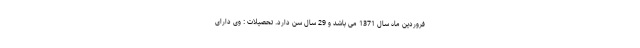
فروردین ماه سال 1371 می باشد و 29 سال سن دارد. تحصیلات : وی دارای